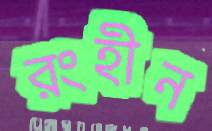
রংহীন